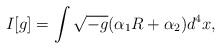
\begin{align*}I[g]=\int \sqrt{-g}(\alpha _{1}R+\alpha _{2})d^{4}x,\end{align*}